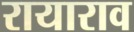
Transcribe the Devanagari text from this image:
रायाराव